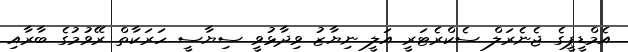
އެމްޑީޕީގެ ޖެނެރަލް ސެކްރެޓަރީ އަލީ ނިޔާޒު ވިދާޅުވީ ސިޔާސީ ހަރަކާތް ރޭވުމުގެ ބާރާއި